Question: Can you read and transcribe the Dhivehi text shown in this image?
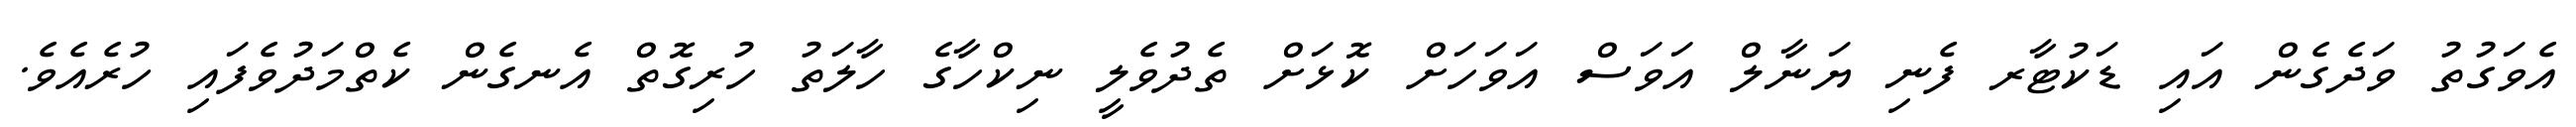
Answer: އެވަގުތު ވަދެގެން އައި ޑަކުޓާރ ފެނި ޔަނާލް އަވަސް އަވަހަށް ކޮޅަށް ތެދުވެލީ ނިކްހާގެ ހާލަތު ހުރިގޮތް އެނގެން ކެތްމަދުވެފައި ހުރެއެވެ.